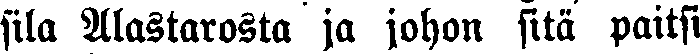
sila Alastarosta ja johon sitä paitsi